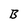
Character: B